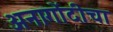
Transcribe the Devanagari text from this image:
अनागोंदीचा